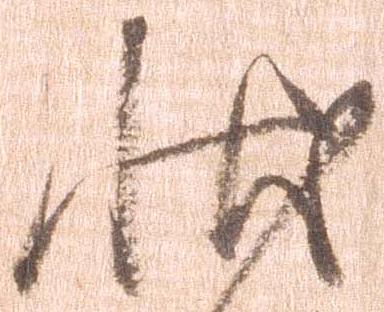
状